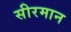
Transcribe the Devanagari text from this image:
सीरमान